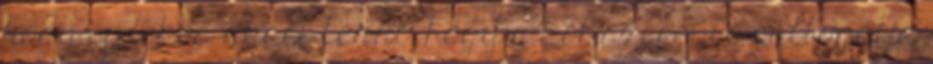
hogy érdekes akart lenni, hogy a két szereplő váltogatja